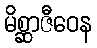
မိစ္ဆာဇီဝေန